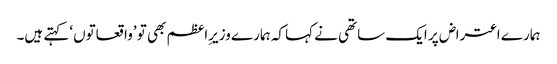
ہمارے اعتراض پر ایک ساتھی نے کہا کہ ہمارے وزیرِاعظم بھی تو ’واقعاتوں‘ کہتے ہیں۔